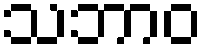
သဘာဝ